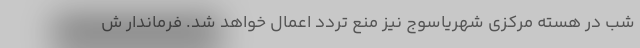
شب در هسته مرکزی شهریاسوج نیز منع تردد اعمال خواهد شد. فرماندار ش